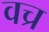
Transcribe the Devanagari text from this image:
वच्र